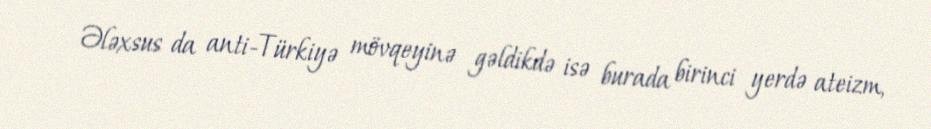
Ələxsus da anti-Türkiyə mövqeyinə gəldikdə isə burada birinci yerdə ateizm,